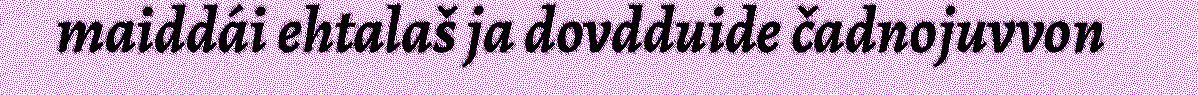
maiddái ehtalaš ja dovdduide čadnojuvvon